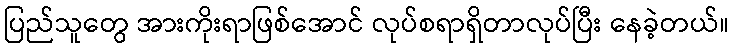
ပြည်သူတွေ အားကိုးရာဖြစ်အောင် လုပ်စရာရှိတာလုပ်ပြီး နေခဲ့တယ်။